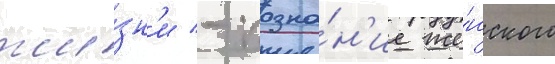
жи́зн'и - позна́н'ие же́нского